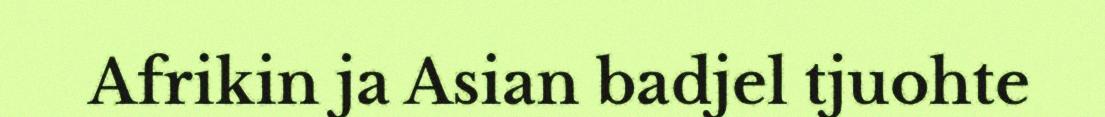
Afrikin ja Asian badjel tjuohte